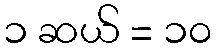
၁ ဆယ် = ၁၀